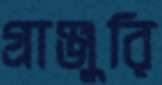
গ্রাঞ্জুরি